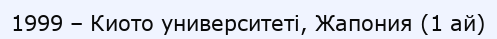
1999 – Киото университеті, Жапония (1 ай)